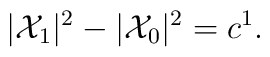
|{\cal X}_1|^2-|{\cal X}_0|^2=c^1.